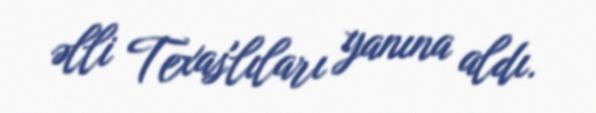
əlli Texas'lıları yanına aldı.